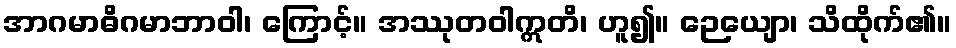
အာဂမာဓိဂမာဘာဝါ၊ ကြောင့်။ အဿုတဝါဣတိ၊ ဟူ၍။ ဉေယျော၊ သိထိုက်၏။